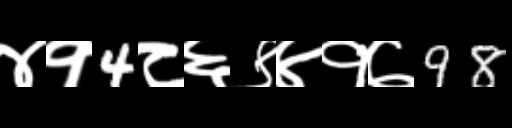
Text: ४१4८६९४१७98